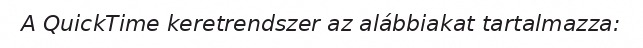
A QuickTime keretrendszer az alábbiakat tartalmazza: